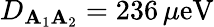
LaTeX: D_{\mathbf{A}_{1}\mathbf{A}_{2}}=236\, \mu\mathrm{{eV}}